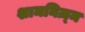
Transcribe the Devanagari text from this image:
शामनिज़्म